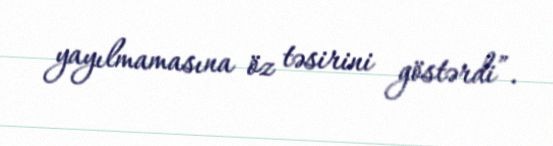
yayılmamasına öz təsirini göstərdi”.